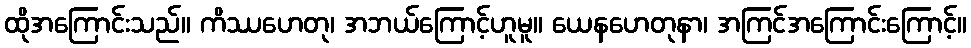
ထိုအကြောင်းသည်။ ကိဿဟေတု၊ အဘယ်ကြောင့်ဟူမူ။ ယေနဟေတုနာ၊ အကြင်အကြောင်းကြောင့်။